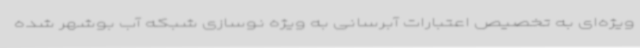
ویژه‌ای به تخصیص اعتبارات آبرسانی به ویژه نوسازی شبکه آب بوشهر شده